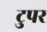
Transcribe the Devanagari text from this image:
टुपर